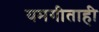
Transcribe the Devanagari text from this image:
यमगीताही